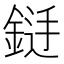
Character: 𮢐